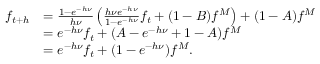
\begin{array} { r l } { f _ { t + h } } & { = \frac { 1 - e ^ { - h \nu } } { h \nu } \left( \frac { h \nu e ^ { - h \nu } } { 1 - e ^ { - h \nu } } f _ { t } + ( 1 - B ) f ^ { M } \right) + ( 1 - A ) f ^ { M } } \\ & { = e ^ { - h \nu } f _ { t } + ( A - e ^ { - h \nu } + 1 - A ) f ^ { M } } \\ & { = e ^ { - h \nu } f _ { t } + ( 1 - e ^ { - h \nu } ) f ^ { M } . } \end{array}